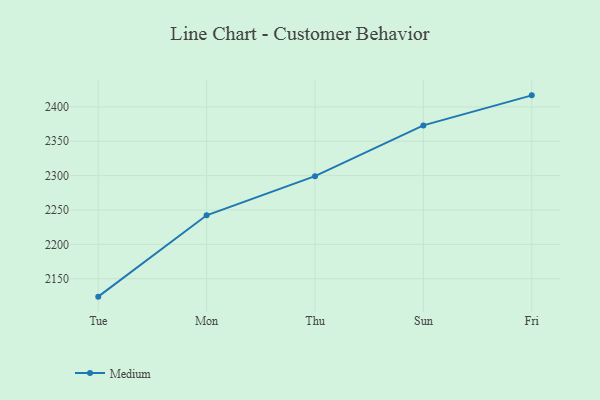
{"axis": {"x": "Day", "y": "Population (Million)"}, "legend": ["Medium"], "data": [{"x": "Tue", "y": 2123.9, "type": "Medium"}, {"x": "Mon", "y": 2242.3, "type": "Medium"}, {"x": "Thu", "y": 2299.2, "type": "Medium"}, {"x": "Sun", "y": 2373.1, "type": "Medium"}, {"x": "Fri", "y": 2416.8, "type": "Medium"}]}